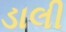
ડાલી